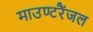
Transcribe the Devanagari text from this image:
माउण्टरैंजल